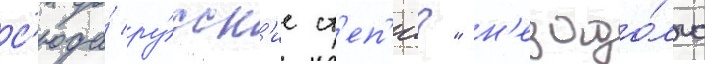
с'юда́ ру́сск'ие ст'еп'и?" н'езадо́лго